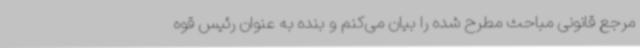
مرجع قانونی مباحث مطرح شده را بیان می‌کنم و بنده به عنوان رئیس قوه